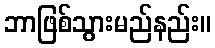
ဘာဖြစ်သွားမည်နည်း။